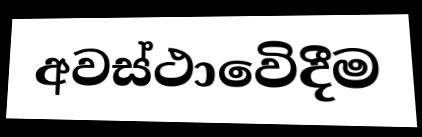
අවස්ථාවෙිදීම